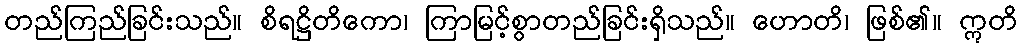
တည်ကြည်ခြင်းသည်။ စိရဋ္ဌိတိကော၊ ကြာမြင့်စွာတည်ခြင်းရှိသည်။ ဟောတိ၊ ဖြစ်၏။ ဣတိ